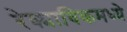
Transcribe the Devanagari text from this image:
रेक्याविकमध्ये